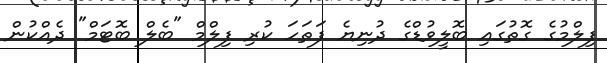
ފިލްމުގެ ގޮތުގައި ބޮލީވުޑްގެ ދުނިޔެ ފަތަހަ ކުރި ފިލްމް "ބެލް ބޮޓަމް" ދެއްކުން